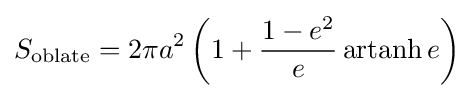
S_{\text{oblate}}=2\pi a^{2}\left(1+{\frac {1-e^{2}}{e}}\operatorname {artanh} e\right)